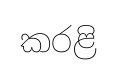
කරළි